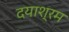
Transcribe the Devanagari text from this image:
दयाश्रम